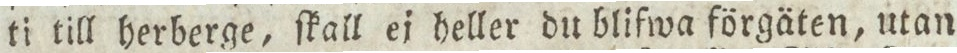
ti till herberge, ſkall ej heller du blifwa förgäten, utan